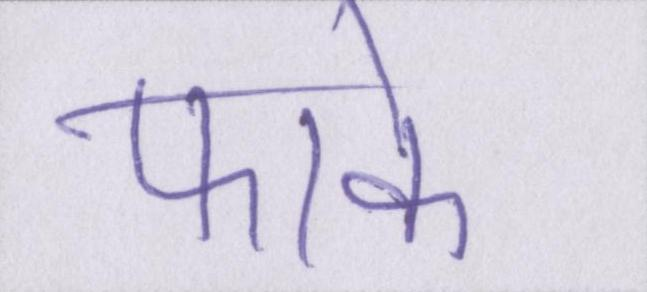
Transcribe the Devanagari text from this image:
फाके